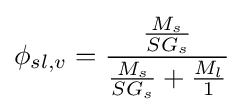
\phi _{sl,v}={\frac {\frac {M_{s}}{SG_{s}}}{{\frac {M_{s}}{SG_{s}}}+{\frac {M_{l}}{1}}}}